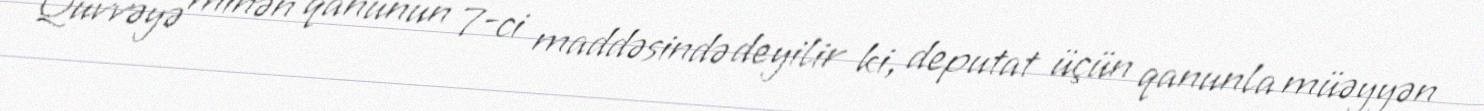
Qüvvəyə minən qanunun 7-ci maddəsində deyilir ki, deputat üçün qanunla müəyyən